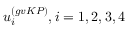
u _ { i } ^ { ( g v K P ) } , i = 1 , 2 , 3 , 4